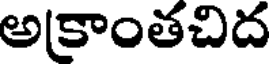
అకాంతచిద